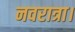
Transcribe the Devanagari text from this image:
नवरात्रा।